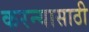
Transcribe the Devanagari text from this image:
करन्यासाठी